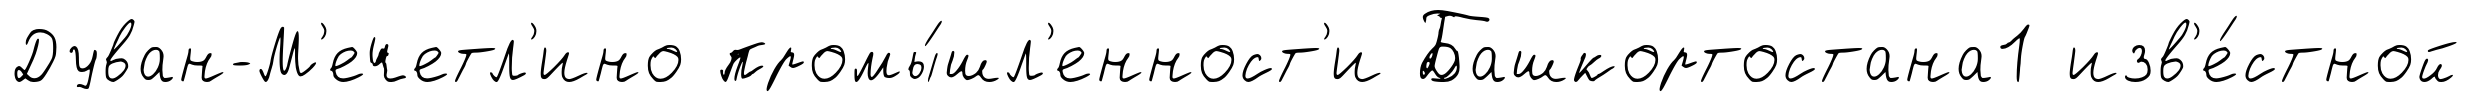
Дуван-М'ечетл'ино промы́шл'енност'и Башкортостана1 изв'е́стной